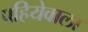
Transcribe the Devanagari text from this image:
पहियेवाला